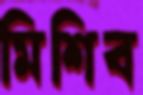
মিশিব